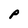
Character: P